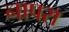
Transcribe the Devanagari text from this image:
नापरा